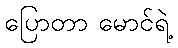
ပြောတာ မောင်ရဲ့